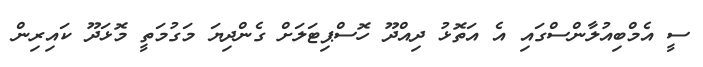
ސީ އެމްބިއުލާންސްގައި އެ އަތޮޅު ދިއްދޫ ހޮސްޕިޓަލަށް ގެންދިޔަ މަގުމަތީ މޮޅަދޫ ކައިރިން